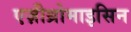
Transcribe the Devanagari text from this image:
एज़ीथ्रोमाइसिन